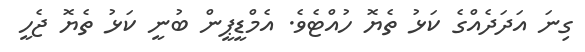
ގިނަ އަދަދެއްގެ ކަޅު ތެޔޮ ހުއްޓެވެ. އެމްޑީޕީން ބުނީ ކަޅު ތެޔޮ ޖެހީ